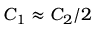
C _ { 1 } \approx C _ { 2 } / 2